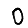
Digit: 0